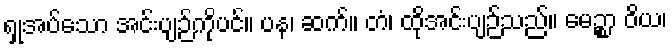
ရှုအပ်သော အင်းပျဉ်ကိုပင်။ ပန၊ ဆက်။ တံ၊ ထိုအင်းပျဉ်သည်။ မေဉ္စာ ဝိယ၊